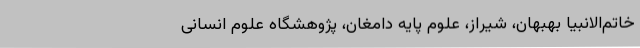
خاتم‌الانبیا بهبهان، شیراز، علوم پایه دامغان، پژوهشگاه علوم انسانی